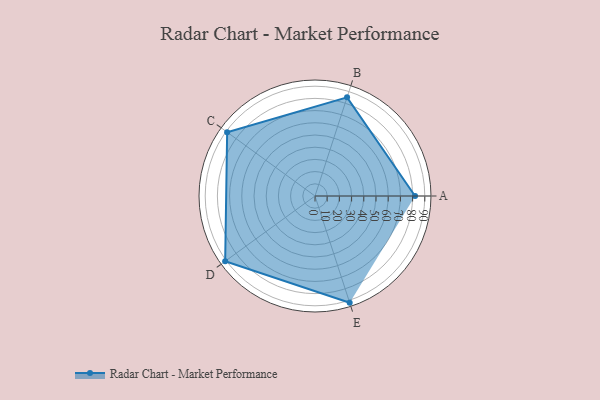
{"axis": {"x": "Skill", "y": "Score"}, "legend": ["Profile"], "data": [{"x": "A", "y": 82.0, "type": "Profile"}, {"x": "B", "y": 85.0, "type": "Profile"}, {"x": "C", "y": 89.0, "type": "Profile"}, {"x": "D", "y": 91.0, "type": "Profile"}, {"x": "E", "y": 92.0, "type": "Profile"}]}